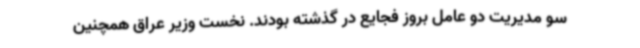
سو مدیریت دو عامل بروز فجایع در گذشته بودند. نخست وزیر عراق همچنین